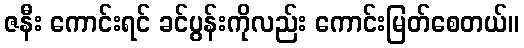
ဇနီး ကောင်းရင် ခင်ပွန်းကိုလည်း ကောင်းမြတ်စေတယ်။